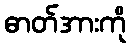
ဓာတ်အားကို